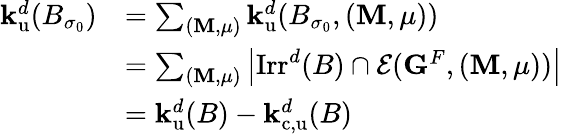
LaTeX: \begin{array}{rl}{{\mathbf{k}}_{\mathrm{u}}^{d}(B_{\sigma_{0}})}&{=\sum_{({\mathbf{M}},\mu)}{\mathbf{k}}_{\mathrm{u}}^{d}(B_{\sigma_{0}},({\mathbf{M}},\mu))}\\ &{=\sum_{({\mathbf{M}},\mu)}\left|\mathrm{Irr}^{d}(B)\cap{\mathcal{E}}({\mathbf{G}}^{F},({\mathbf{M}},\mu))\right|}\\ &{={\mathbf{k}}_{\mathrm{u}}^{d}(B)-{\mathbf{k}}_{\mathrm{c,u}}^{d}(B)}\end{array}